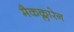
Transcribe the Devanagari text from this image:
मैकक्लारेन